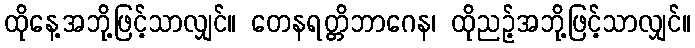
ထိုနေ့အဘို့ဖြင့်သာလျှင်။ တေနရတ္တိဘာဂေန၊ ထိုညဉ့်အဘို့ဖြင့်သာလျှင်။